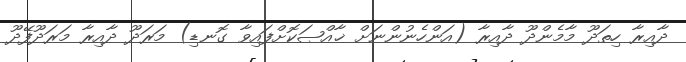
ދާއިރާ ހިތަދޫ މާމެންދޫ ދާއިރާ (އަންހެނުންނަށް ޚާއްޞަކޮށްފައިވާ ގޮނޑި) މަރަދޫ ދާއިރާ މަރަދޫފޭދޫ